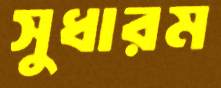
সুধারম